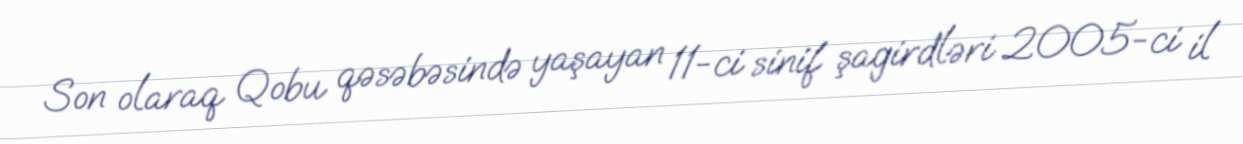
Son olaraq Qobu qəsəbəsində yaşayan 11-ci sinif şagirdləri 2005-ci il